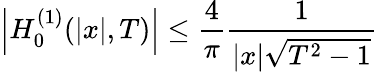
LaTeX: \left\lvert H_{0}^{(1)}(\lvert x\rvert,T)\right\rvert\le\frac{4}{\pi}\frac{1}{\lvert x\rvert\sqrt{T^{2}-1}}